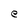
Character: e